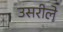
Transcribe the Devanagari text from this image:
उसरीले